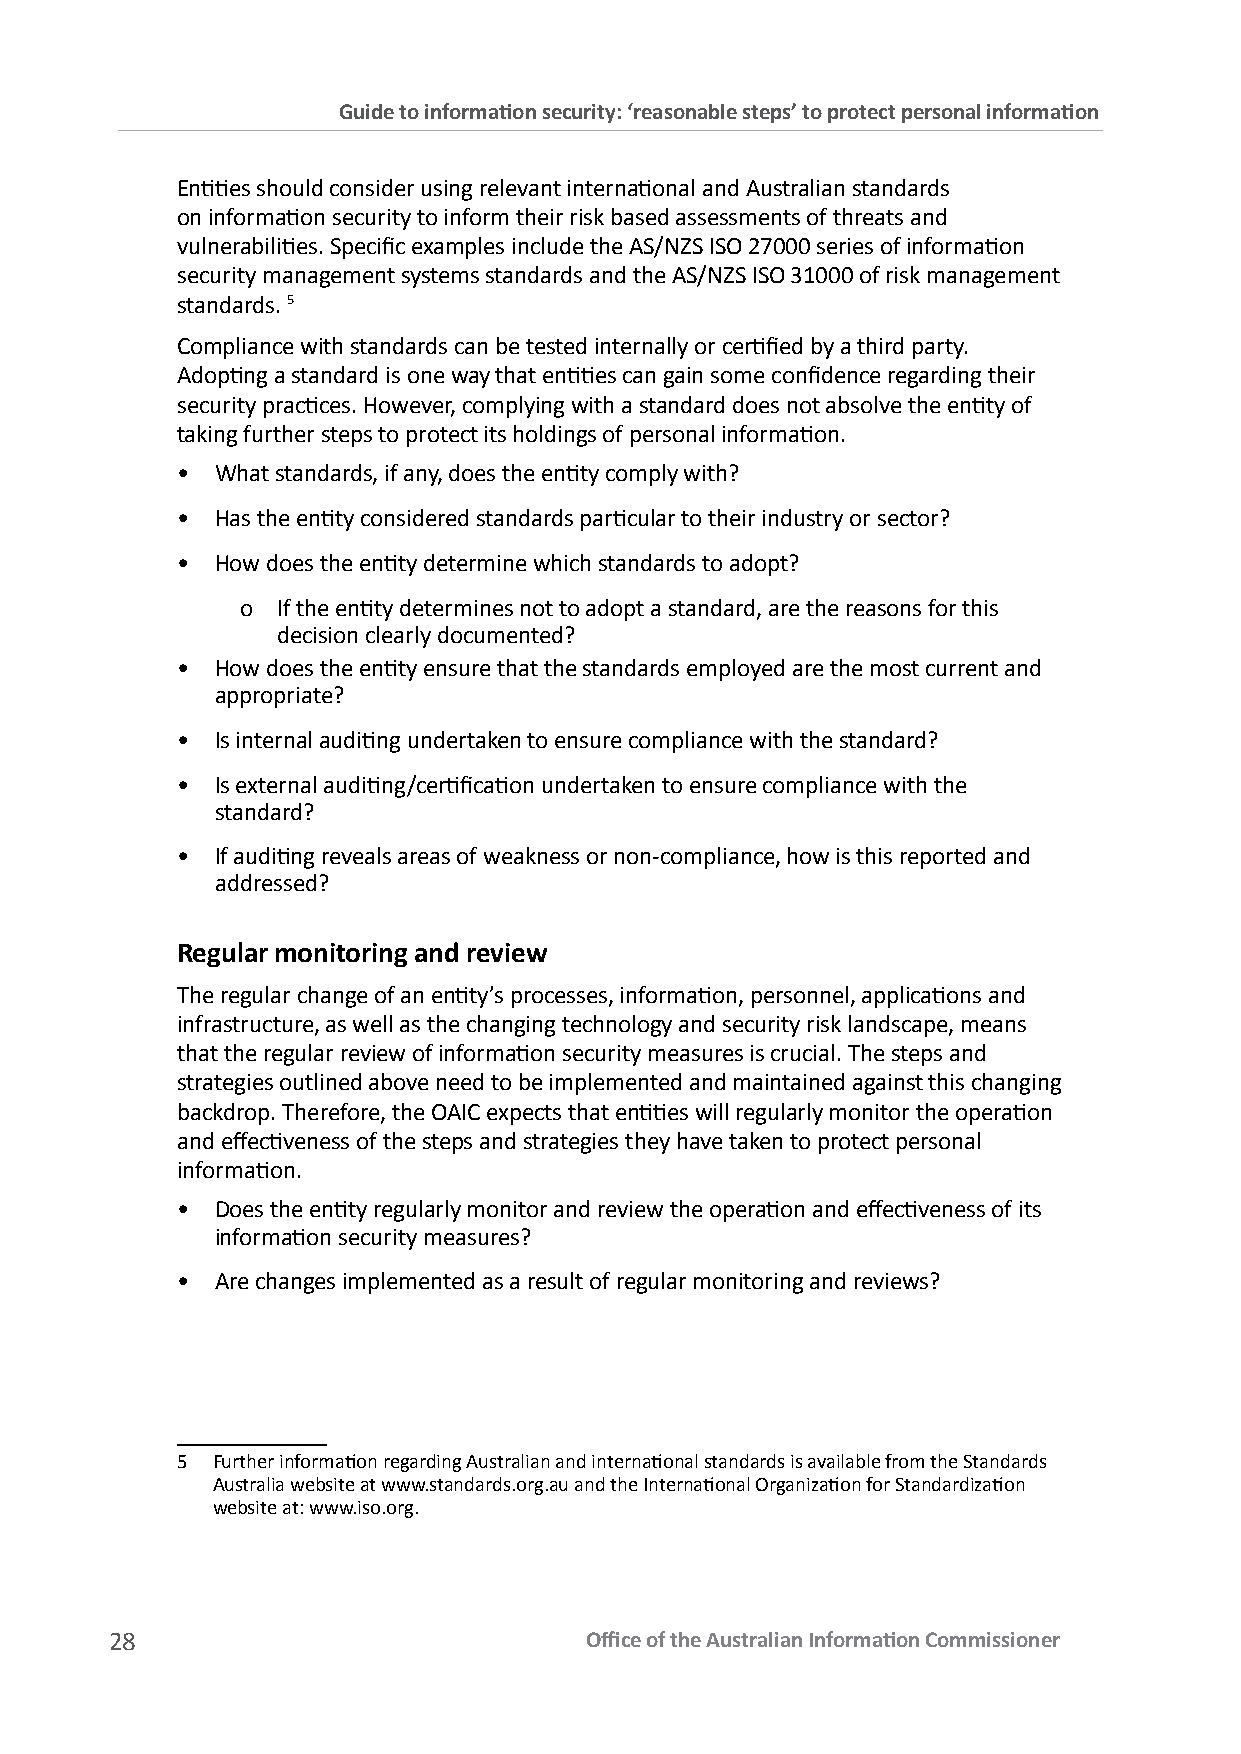
Guide to information security: ‘reasonable steps’ to protect personal information
 Entities should consider using relevant international and Australian standards
 on information security to inform their risk based assessments of threats and
 vulnerabilities. Specific examples include the AS/NZS ISO 27000 series of information
 security management systems standards and the AS/NZS ISO 31000 of risk management
 standards. 5
 Compliance with standards can be tested internally or certified by a third party.
 Adopting a standard is one way that entities can gain some confidence regarding their
 security practices. However, complying with a standard does not absolve the entity of
 taking further steps to protect its holdings of personal information.
 • What standards, if any, does the entity comply with?
 • Has the entity considered standards particular to their industry or sector?
 • How does the entity determine which standards to adopt?
 o If the entity determines not to adopt a standard, are the reasons for this
 decision clearly documented?
 • How does the entity ensure that the standards employed are the most current and
 appropriate?
 • Is internal auditing undertaken to ensure compliance with the standard?
 • Is external auditing/certification undertaken to ensure compliance with the
 standard?
 • If auditing reveals areas of weakness or non-compliance, how is this reported and
 addressed?
 Regular monitoring and review
 The regular change of an entity’s processes, information, personnel, applications and
 infrastructure, as well as the changing technology and security risk landscape, means
 that the regular review of information security measures is crucial. The steps and
 strategies outlined above need to be implemented and maintained against this changing
 backdrop. Therefore, the OAIC expects that entities will regularly monitor the operation
 and effectiveness of the steps and strategies they have taken to protect personal
 information.
 • Does the entity regularly monitor and review the operation and effectiveness of its
 information security measures?
 • Are changes implemented as a result of regular monitoring and reviews?
 5 Further information regarding Australian and international standards is available from the Standards
 Australia website at www.standards.org.au and the International Organization for Standardization
 website at: www.iso.org.
 28                              Office of the Australian Information Commissioner